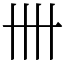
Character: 卌